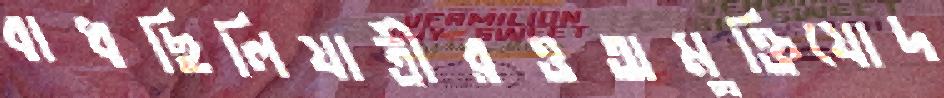
বাধছিলিযাত্রীরওঅমুক্তিযোদ